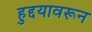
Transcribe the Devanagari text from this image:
हुद्दयावरून